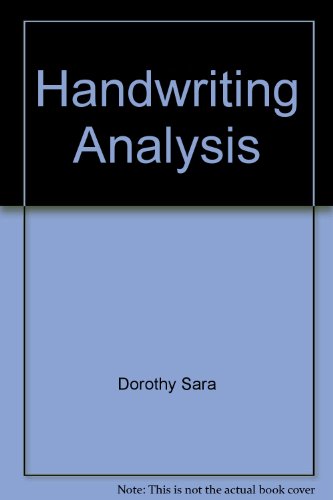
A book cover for Handwriting Analysis; Dorothy Sara; Self-Help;